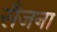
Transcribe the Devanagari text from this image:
सैजना